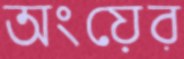
অংয়ের